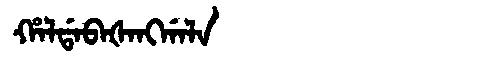
Manchu: ᡥᠠᠯᡩᠠᠪᠠᡧᠠᠩᡤᠠᠯᠠ
Romanization: HALDABAŠANGGALA